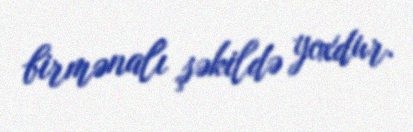
birmənalı şəkildə yoxdur.